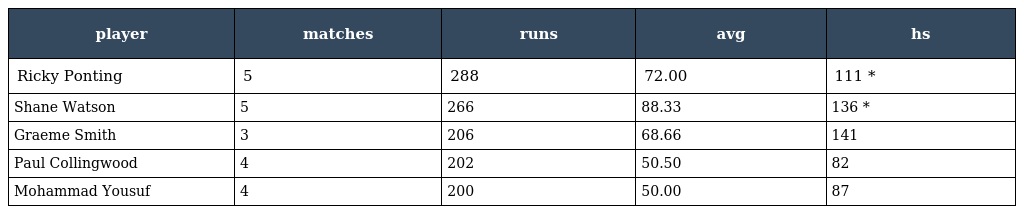
| player | matches | runs | avg | hs |
 | --- | --- | --- | --- | --- |
 | Ricky Ponting | 5 | 288 | 72.00 | 111 * |
 | Shane Watson | 5 | 266 | 88.33 | 136 * |
 | Graeme Smith | 3 | 206 | 68.66 | 141 |
 | Paul Collingwood | 4 | 202 | 50.50 | 82 |
 | Mohammad Yousuf | 4 | 200 | 50.00 | 87 |